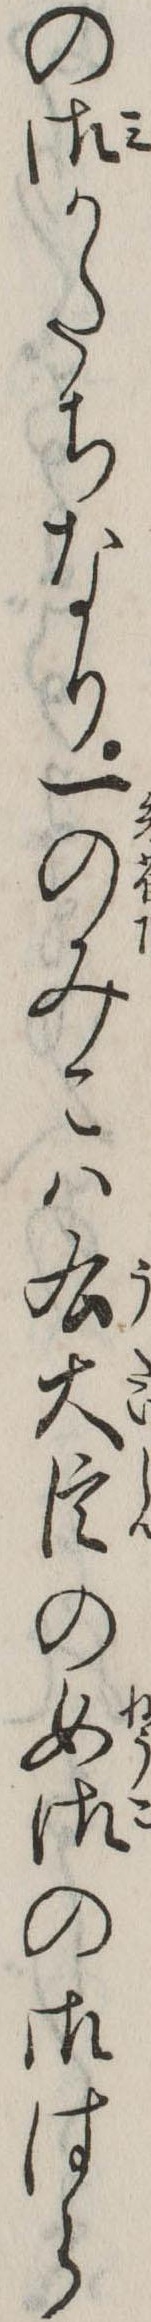
の御かたちなり一のみこは右大臣の女御の御はら